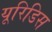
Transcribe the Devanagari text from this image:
यूरिडिस